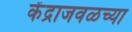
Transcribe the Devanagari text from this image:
केंद्राजवळच्या